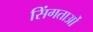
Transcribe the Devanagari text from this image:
सिंगताओं